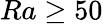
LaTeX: Ra\geq 50